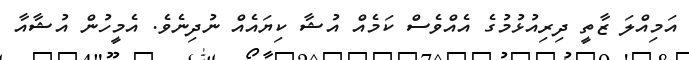
އަމިއްލަ ޒާތީ ދިރިއުޅުމުގެ އެއްވެސް ކަމެއް އުޝާ ކިޔައެއް ނުދިނެވެ. އެމީހުން އުޝާއާ